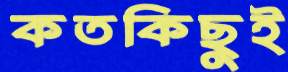
কতকিছুই